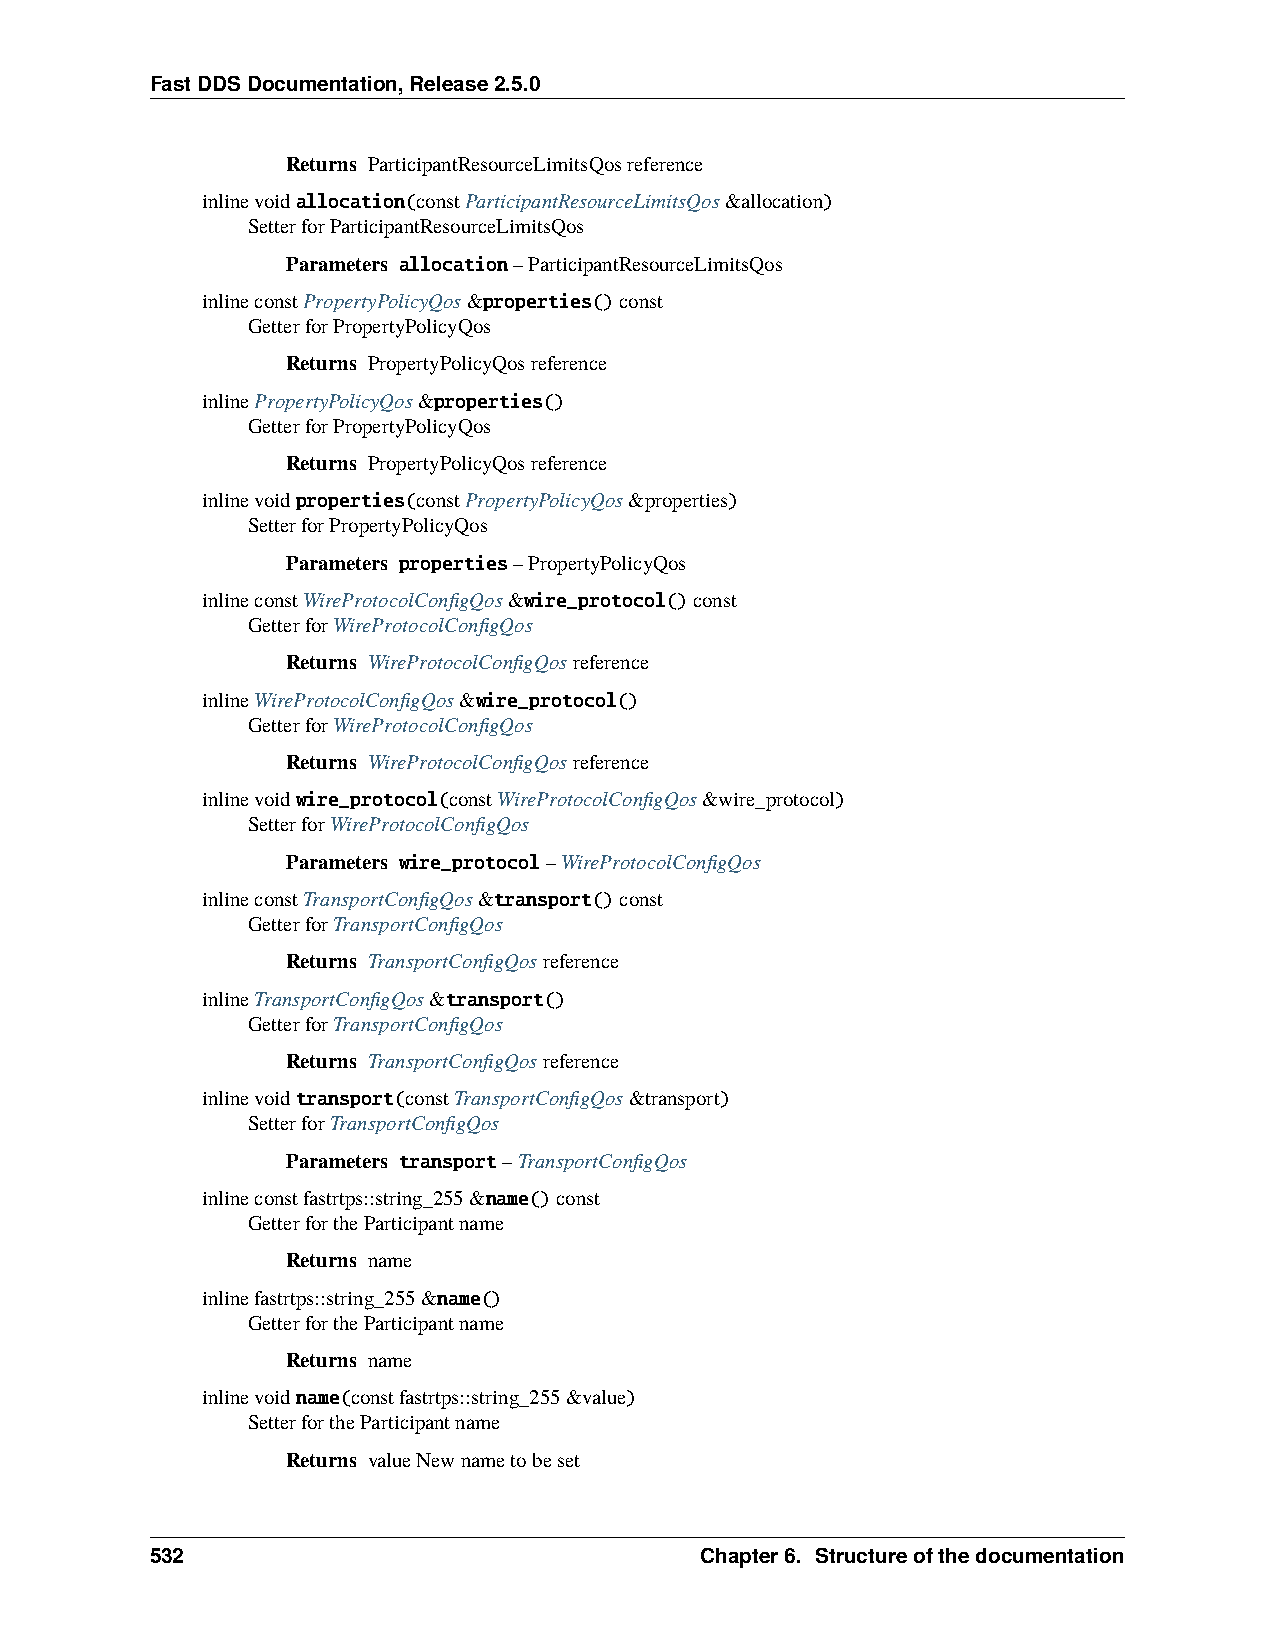
FastDDSDocumentation,Release2.5.0
 Returns ParticipantResourceLimitsQosreference
 inlinevoidallocation(constParticipantResourceLimitsQos&allocation)
 SetterforParticipantResourceLimitsQos
 Parameters allocation–ParticipantResourceLimitsQos
 inlineconstPropertyPolicyQos&properties()const
 GetterforPropertyPolicyQos
 Returns PropertyPolicyQosreference
 inlinePropertyPolicyQos&properties()
 GetterforPropertyPolicyQos
 Returns PropertyPolicyQosreference
 inlinevoidproperties(constPropertyPolicyQos&properties)
 SetterforPropertyPolicyQos
 Parameters properties–PropertyPolicyQos
 inlineconstWireProtocolConfigQos&wire_protocol()const
 GetterforWireProtocolConfigQos
 Returns WireProtocolConfigQosreference
 inlineWireProtocolConfigQos&wire_protocol()
 GetterforWireProtocolConfigQos
 Returns WireProtocolConfigQosreference
 inlinevoidwire_protocol(constWireProtocolConfigQos&wire_protocol)
 SetterforWireProtocolConfigQos
 Parameters wire_protocol–WireProtocolConfigQos
 inlineconstTransportConfigQos&transport()const
 GetterforTransportConfigQos
 Returns TransportConfigQosreference
 inlineTransportConfigQos&transport()
 GetterforTransportConfigQos
 Returns TransportConfigQosreference
 inlinevoidtransport(constTransportConfigQos&transport)
 SetterforTransportConfigQos
 Parameters transport–TransportConfigQos
 inlineconstfastrtps::string_255&name()const
 GetterfortheParticipantname
 Returns name
 inlinefastrtps::string_255&name()
 GetterfortheParticipantname
 Returns name
 inlinevoidname(constfastrtps::string_255&value)
 SetterfortheParticipantname
 Returns valueNewnametobeset
 532                                 Chapter6. Structureofthedocumentation